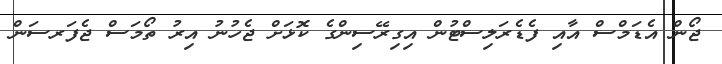
ޖޯން އެޑަމްސް އާއި ފެޑެރަލިސްޓުން އިގިރޭސިންގެ ކޮޅަށް ޖެހުނު އިރު ތޯމަސް ޖެފަރސަން